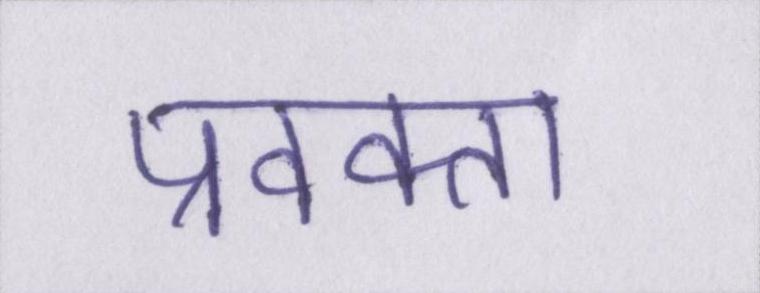
प्रवक्ता